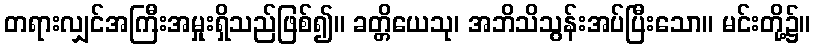
တရားလျှင်အကြီးအမှုးရှိသည်ဖြစ်၍။ ခတ္တိယေသု၊ အဘိသိသွန်းအပ်ပြီးသော။ မင်းတို့၌။